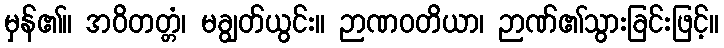
မှန်၏။ အဝိတတ္တံ၊ မချွတ်ယွင်း။ ဉာဏဝတိယာ၊ ဉာဏ်၏သွားခြင်းဖြင့်။